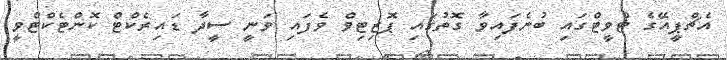
އެޗްޕީއޭގެ ޓްވީޓްގައި ބުނެފައިވާ ގޮތުގައި ޕޮޒިޓިވް ވެފައި ވަނީ ސީދާ ޑައިރެކްޓް ކޮންޓެކްޓްްވީ